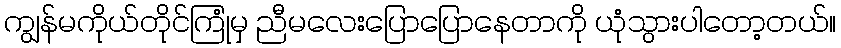
ကျွန်မကိုယ်တိုင်ကြုံမှ ညီမလေးပြောပြောနေတာကို ယုံသွားပါတော့တယ်။